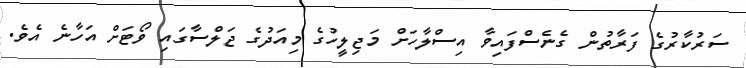
ސަރުކާރުގެ ފަރާތުން ގެނެސްފައިވާ އިސްލާހަށް މަޖިލީހުގެ މިއަދުގެ ޖަލްސާގައި ވޯޓަށް އަހާނެ އެވެ.